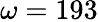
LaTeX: \omega=193